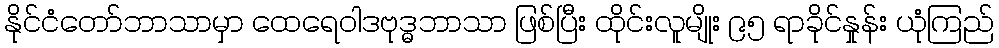
နိုင်ငံတော်ဘာသာမှာ ထေရေဝါဒဗုဒ္ဓဘာသာ ဖြစ်ပြီး ထိုင်းလူမျိုး ၉၅ ရာခိုင်နှုန်း ယုံကြည်